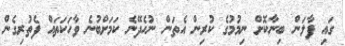
ގައި ފާލަން ބިނާކޮށް ނިމުމުގެ ކުރިން އެތަން ނުހެދޭނެ ކަމަށްބުނެ ވާހަކަތައް ފެތުރިގެން